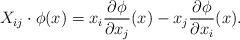
LaTeX: \begin{align*}X_{ij}\cdot \phi(x) = x_i {\partial \phi \over \partial x_j}(x) -x_j {\partial \phi\over \partial x_i}(x).\end{align*}